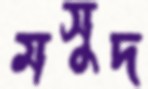
মসুদ